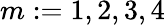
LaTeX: m:=1,2,3,4